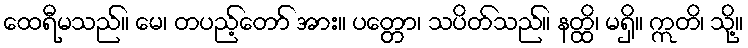
ထေရီမသည်။ မေ၊ တပည့်တော် အား။ ပတ္တော၊ သပိတ်သည်။ နတ္ထိ၊ မရှိ။ ဣတိ၊ သို့။